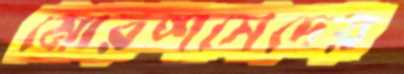
মোরশসেদের